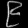
Digit: ၉